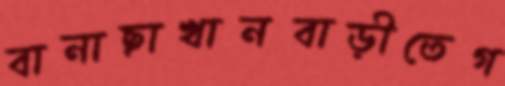
বানাছাখানবাড়ীতেগ